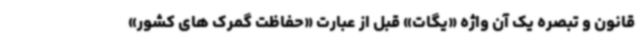
قانون و تبصره یک آن واژه «یگات» قبل از عبارت «حفاظت گمرک های کشور»